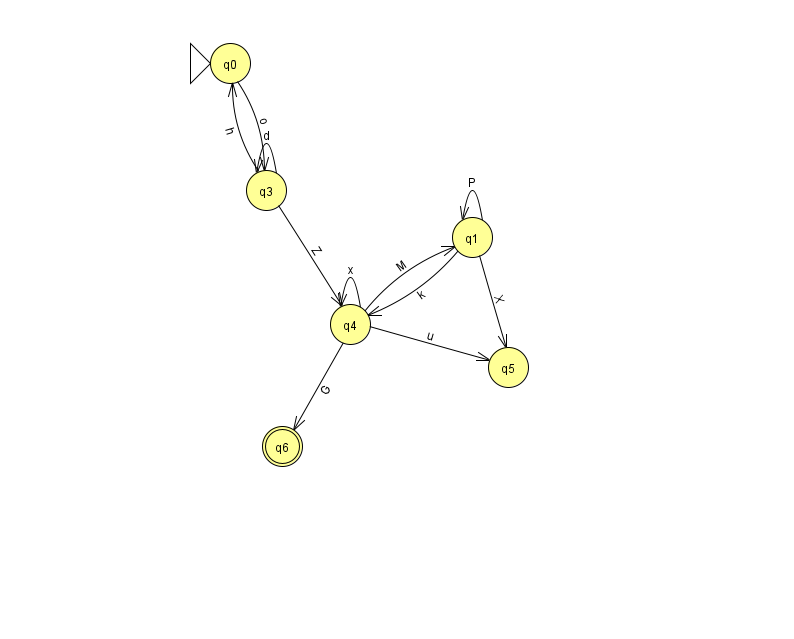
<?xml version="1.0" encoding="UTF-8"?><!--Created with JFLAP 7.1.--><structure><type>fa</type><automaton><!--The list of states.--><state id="0" name="q0"><x>230.0</x><y>50.0</y><initial/></state><state id="1" name="q1"><x>472.0</x><y>224.0</y></state><state id="3" name="q3"><x>266.0</x><y>177.0</y></state><state id="4" name="q4"><x>350.0</x><y>311.0</y></state><state id="5" name="q5"><x>508.0</x><y>354.0</y></state><state id="6" name="q6"><x>282.0</x><y>433.0</y><final/></state><!--The list of transitions.--><transition><from>1</from><to>1</to><read>P</read></transition><transition><from>3</from><to>4</to><read>Z</read></transition><transition><from>4</from><to>1</to><read>M</read></transition><transition><from>3</from><to>3</to><read>d</read></transition><transition><from>1</from><to>4</to><read>k</read></transition><transition><from>4</from><to>4</to><read>x</read></transition><transition><from>3</from><to>0</to><read>h</read></transition><transition><from>4</from><to>6</to><read>G</read></transition><transition><from>4</from><to>5</to><read>u</read></transition><transition><from>0</from><to>3</to><read>o</read></transition><transition><from>1</from><to>5</to><read>X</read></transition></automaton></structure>